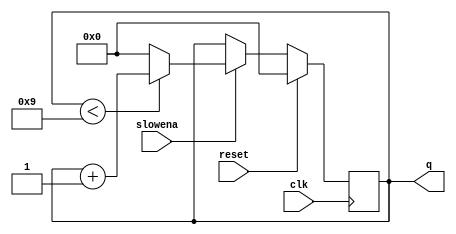
module top_module (
    input clk,
    input slowena,
    input reset,
    output [3:0] q);
always @(posedge clk)
    if (reset)
		q <= 0;
    else if(~slowena)
        q <= q;
    else
        q <= (q<9) ? q+1 : 0;
endmodule